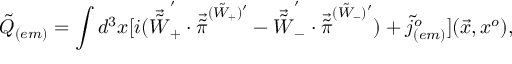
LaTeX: { \tilde { Q } } _ { ( e m ) } = \int d ^ { 3 } x [ i ( { \vec { \tilde { W } } } _ { + } ^ { ' } \cdot { \vec { \tilde { \pi } } } ^ { ( { \tilde { W } } _ { + } ) { ' } } - { \vec { \tilde { W } } } _ { - } ^ { ' } \cdot { \vec { \tilde { \pi } } } ^ { ( { \tilde { W } } _ { - } ) { ' } } ) + { \tilde { j } } _ { ( e m ) } ^ { o } ] ( \vec { x } , x ^ { o } ) ,